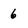
Character: 6